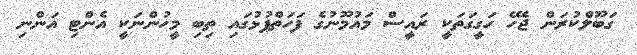
ގަބޫލްކުރަން ޖެހޭ ހަގީގަތަކީ ރައީސް މައުމޫނުގެ ފަހަތްޕުޅުގައި ތިބި މީހުންނަކީ އެންޓި އަންނި